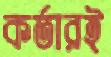
কর্তারই